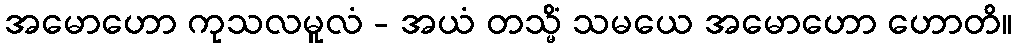
အမောဟော ကုသလမူလံ - အယံ တသ္မိံ သမယေ အမောဟော ဟောတိ။